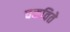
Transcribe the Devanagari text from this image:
चकविते